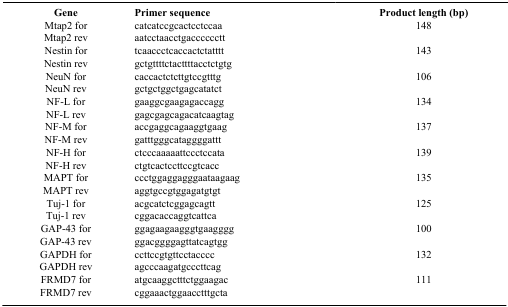
| Gene | Primer sequence | Product length (bp) |
 | --- | --- | --- |
 | Mtap2 for | catcatccgcactcctccaa | 148 |
 | Mtap2 rev | aatcctaacctgacccccctt |  |
 | Nestin for | tcaaccctcaccactctatttt | 143 |
 | Nestin rev | gctgttttctacttttacctctgtg |  |
 | NeuN for | caccactctcttgtccgtttg | 106 |
 | NeuN rev | gctgctggctgagcatatct |  |
 | NF-L for | gaaggcgaagagaccagg | 134 |
 | NF-L rev | gagcgagcagacatcaagtag |  |
 | NF-M for | accgaggcagaaggtgaag | 137 |
 | NF-M rev | gatttgggcataggggattt |  |
 | NF-H for | ctcccaaaaattccctccata | 139 |
 | NF-H rev | ctgtcactccttccgtcacc |  |
 | MAPT for | ccctggaggagggaataagaag | 135 |
 | MAPT rev | aggtgccgtggagatgtgt |  |
 | Tuj-1 for | acgcatctcggagcagtt | 125 |
 | Tuj-1 rev | cggacaccaggtcattca |  |
 | GAP-43 for | ggagaagaagggtgaagggg | 100 |
 | GAP-43 rev | ggacggggagttatcagtgg |  |
 | GAPDH for | ccttccgtgttcctacccc | 132 |
 | GAPDH rev | agcccaagatgcccttcag |  |
 | FRMD7 for | atgcaaggctttctggaagac | 111 |
 | FRMD7 rev | cggaaactggaacctttgcta |  |